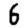
Digit: 6